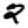
Digit: 2